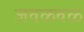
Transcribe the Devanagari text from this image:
जवळवळ